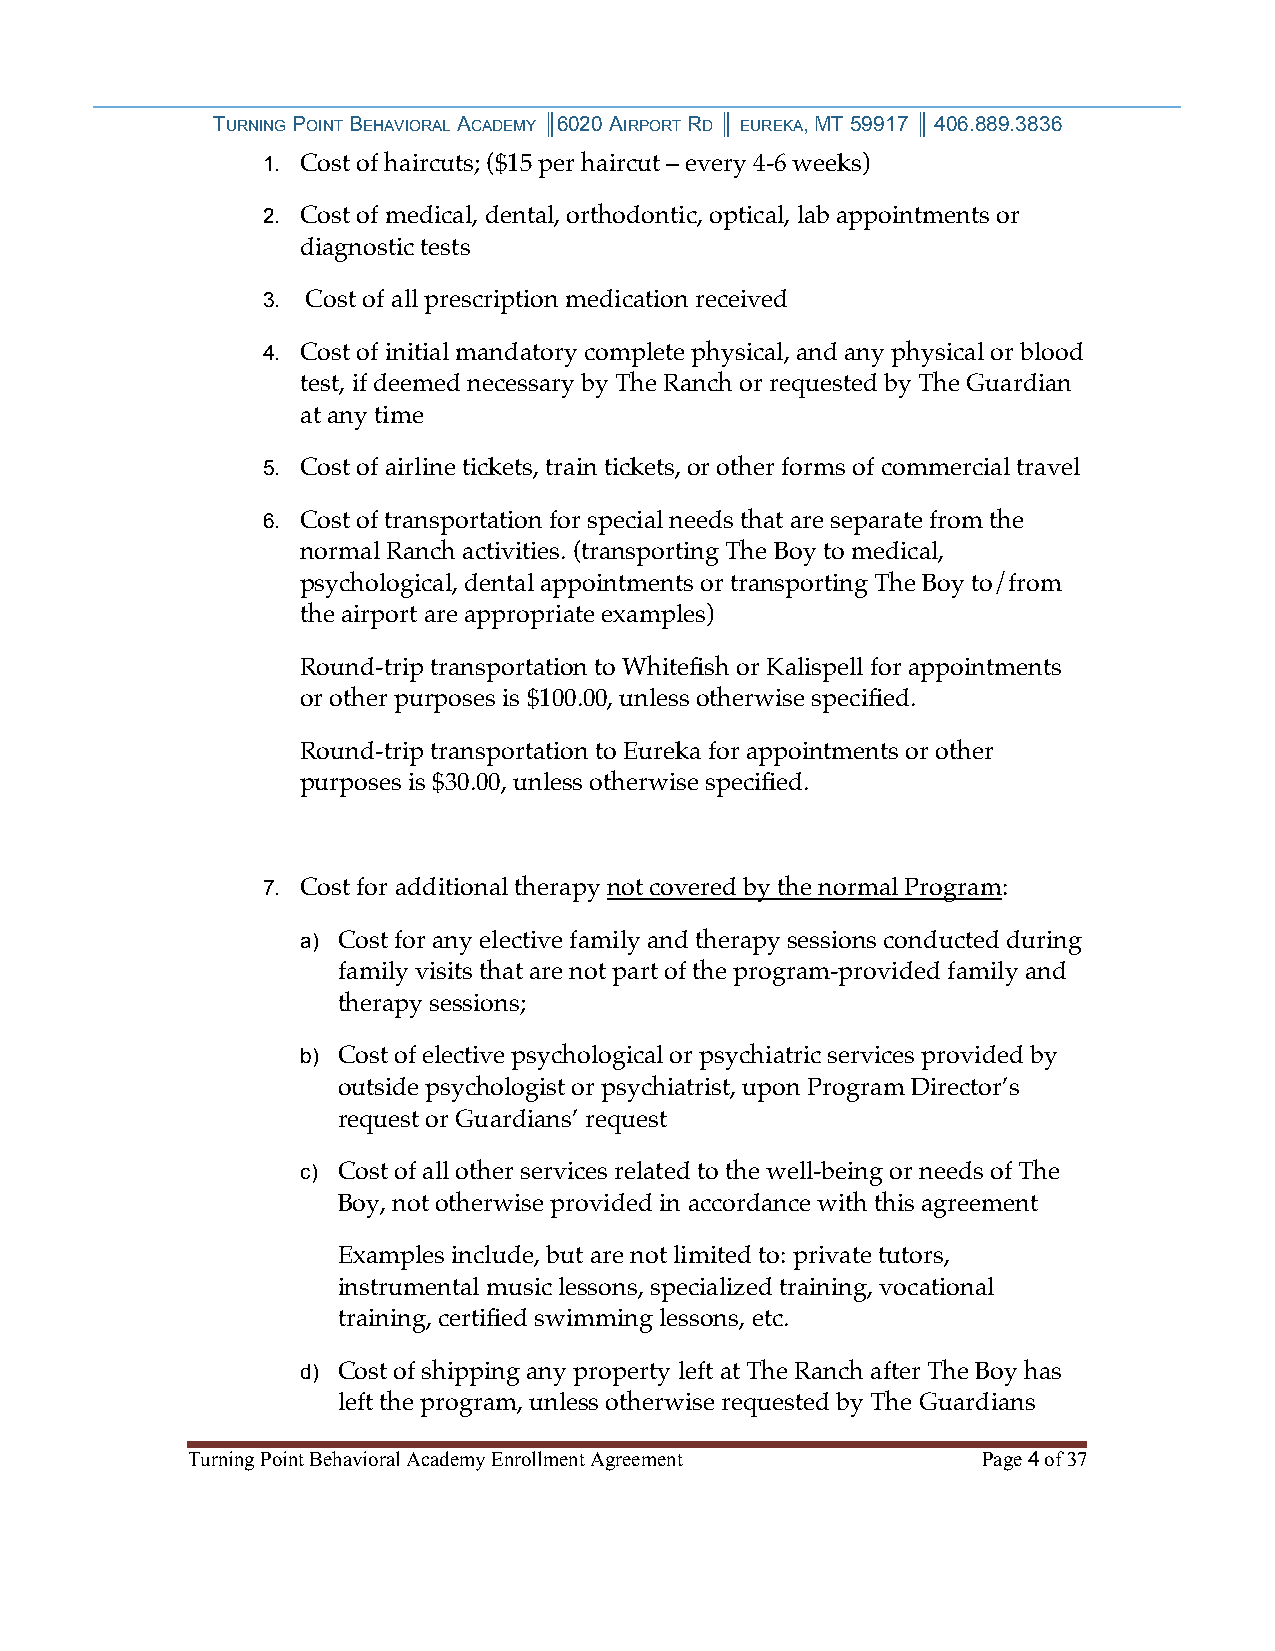
TURNING POINT BEHAVIORAL ACADEMY ║6020 AIRPORT RD ║ EUREKA, MT 59917 ║ 406.889.3836
 1. Cost of haircuts; ($15 per haircut – every 4-6 weeks)
 2. Cost of medical, dental, orthodontic, optical, lab appointments or
 diagnostic tests
 3. Cost of all prescription medication received
 4. Cost of initial mandatory complete physical, and any physical or blood
 test, if deemed necessary by The Ranch or requested by The Guardian
 at any time
 5. Cost of airline tickets, train tickets, or other forms of commercial travel
 6. Cost of transportation for special needs that are separate from the
 normal Ranch activities. (transporting The Boy to medical,
 psychological, dental appointments or transporting The Boy to/from
 the airport are appropriate examples)
 Round-trip transportation to Whitefish or Kalispell for appointments
 or other purposes is $100.00, unless otherwise specified.
 Round-trip transportation to Eureka for appointments or other
 purposes is $30.00, unless otherwise specified.
 7. Cost for additional therapy not covered by the normal Program:
 a) Cost for any elective family and therapy sessions conducted during
 family visits that are not part of the program-provided family and
 therapy sessions;
 b) Cost of elective psychological or psychiatric services provided by
 outside psychologist or psychiatrist, upon Program Director’s
 request or Guardians’ request
 c) Cost of all other services related to the well-being or needs of The
 Boy, not otherwise provided in accordance with this agreement
 Examples include, but are not limited to: private tutors,
 instrumental music lessons, specialized training, vocational
 training, certified swimming lessons, etc.
 d) Cost of shipping any property left at The Ranch after The Boy has
 left the program, unless otherwise requested by The Guardians
 Turning Point Behavioral Academy Enrollment Agreement Page 4 of 37